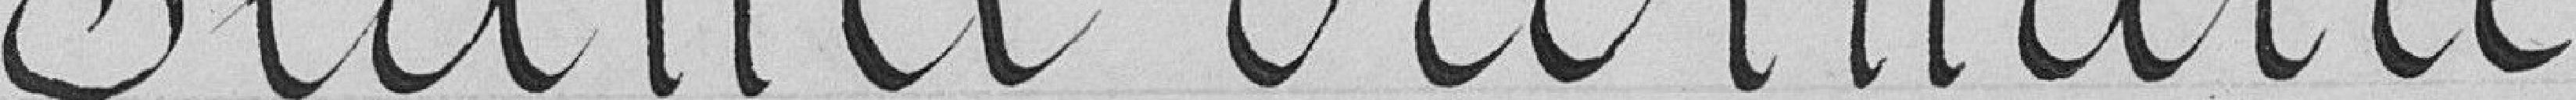
Séance ordinaire du 17 Août 1898